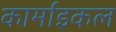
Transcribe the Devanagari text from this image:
कार्माइकल